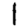
Digit: 1